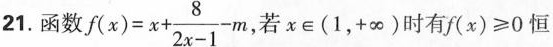
21. 函数 $$f ( x ) = x + \frac { 8 } { 2 x - 1 } - m$$ 若x \in ( 1，+∞ )时有$$f ( x ) ≥ 0$$恒